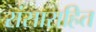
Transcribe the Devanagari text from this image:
संसाराहित